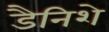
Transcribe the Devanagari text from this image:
डैनिशे